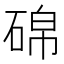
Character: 䃇